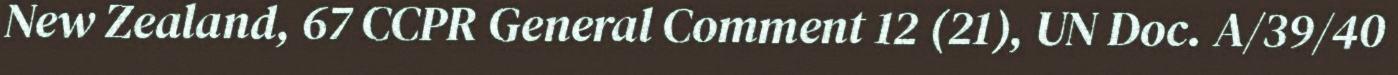
New Zealand, 67 CCPR General Comment 12 (21), UN Doc. A/39/40